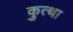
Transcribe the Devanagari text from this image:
कुत्था